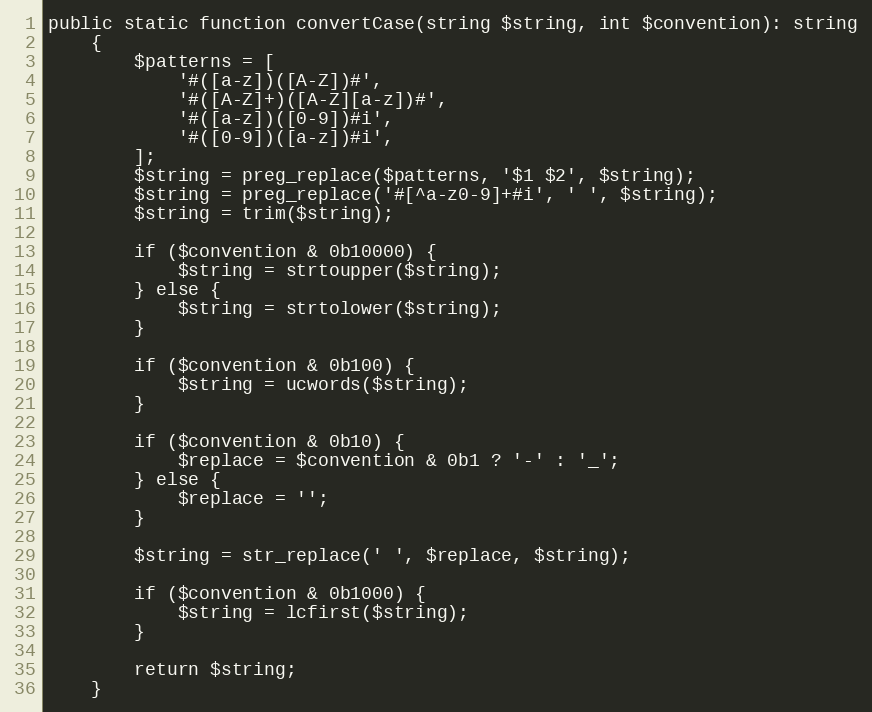
Language: PHP
public static function convertCase(string $string, int $convention): string
    {
        $patterns = [
            '#([a-z])([A-Z])#',
            '#([A-Z]+)([A-Z][a-z])#',
            '#([a-z])([0-9])#i',
            '#([0-9])([a-z])#i',
        ];
        $string = preg_replace($patterns, '$1 $2', $string);
        $string = preg_replace('#[^a-z0-9]+#i', ' ', $string);
        $string = trim($string);

        if ($convention & 0b10000) {
            $string = strtoupper($string);
        } else {
            $string = strtolower($string);
        }

        if ($convention & 0b100) {
            $string = ucwords($string);
        }

        if ($convention & 0b10) {
            $replace = $convention & 0b1 ? '-' : '_';
        } else {
            $replace = '';
        }

        $string = str_replace(' ', $replace, $string);

        if ($convention & 0b1000) {
            $string = lcfirst($string);
        }

        return $string;
    }